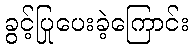
ခွင့်ပြုပေးခဲ့ကြောင်း